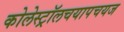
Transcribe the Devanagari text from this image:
कोलेस्ट्रॉलचयापचयज